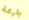
بارعة